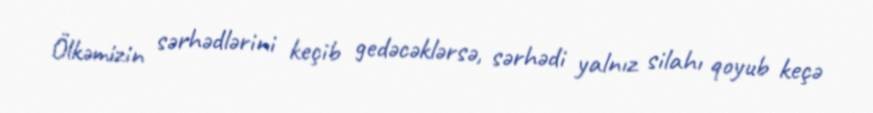
Ölkəmizin sərhədlərini keçib gedəcəklərsə, sərhədi yalnız silahı qoyub keçə